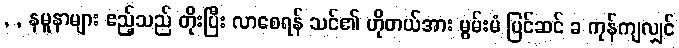
, , နမူနာများ ဧည့်သည် တိုးပြီး လာစေရန် သင်၏ ဟိုတယ်အား မွမ်းမံ ပြင်ဆင် ခ ကုန်ကျလျှင်